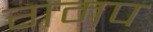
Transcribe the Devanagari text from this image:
गमप